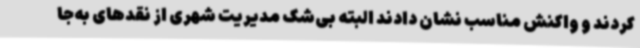
کردند و واکنش مناسب نشان دادند البته بی‌شک مدیریت شهری از نقدهای به‌جا